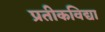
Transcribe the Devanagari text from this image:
प्रतीकविद्या